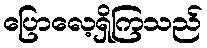
ပြောလေ့ရှိကြသည်